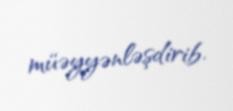
müəyyənləşdirib.